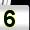
Digit: 5